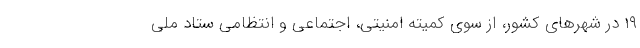
۱۹ در شهرهای کشور، از سوی کمیته امنیتی، اجتماعی و انتظامی ستاد ملی